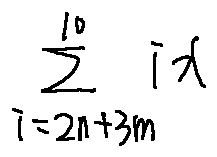
\sum \limits _ { i = 2 n + 3 m } ^ { 1 0 } i x